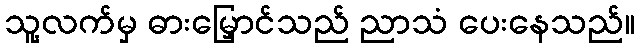
သူ့လက်မှ ဓားမြှောင်သည် ညာသံ ပေးနေသည်။